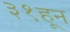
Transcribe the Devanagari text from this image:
३१हून